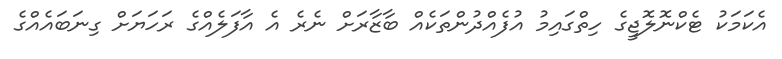
އެކަމަކު ޓެކްނޮލޮޖީގެ ހިތްގައިމު އުފެއްދުންތަކެއް ބާޒާރަށް ނެރެ އެ އާފަލެއްގެ ރަހަޔަށް ގިނަބައެއްގެ